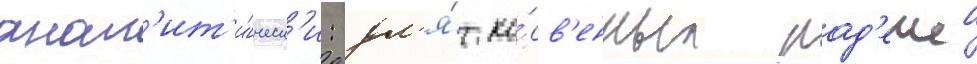
анал'ит'и́ческ'и: дл'я́ ко́св'енных пад'ежеи